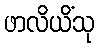
ဖာလိယိံသု